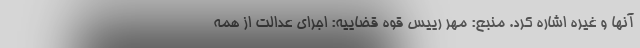
آنها و غیره اشاره کرد. منبع: مهر رییس قوه قضاییه: اجرای عدالت از همه